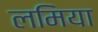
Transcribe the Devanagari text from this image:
लमिया